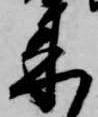
来